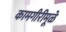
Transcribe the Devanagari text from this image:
कामगीरीमूळे